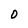
Character: 0